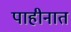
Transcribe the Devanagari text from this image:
पाहीनात